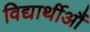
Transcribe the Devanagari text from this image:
विद्यार्थीऔं